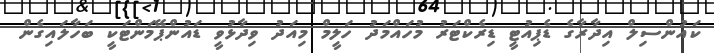
ކައުންސިލް އިދާރާގެ ޑެޕިއުޓީ ޑިރެކްޓަރު މުހައްމަދު ހަލީމް މިއަދު ވިދާޅުވީ ޑައުންޕޭމަންޓަކީ ބަހާލައިގެން